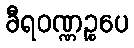
ခီရဝဏ္ဏဉ္စပေ